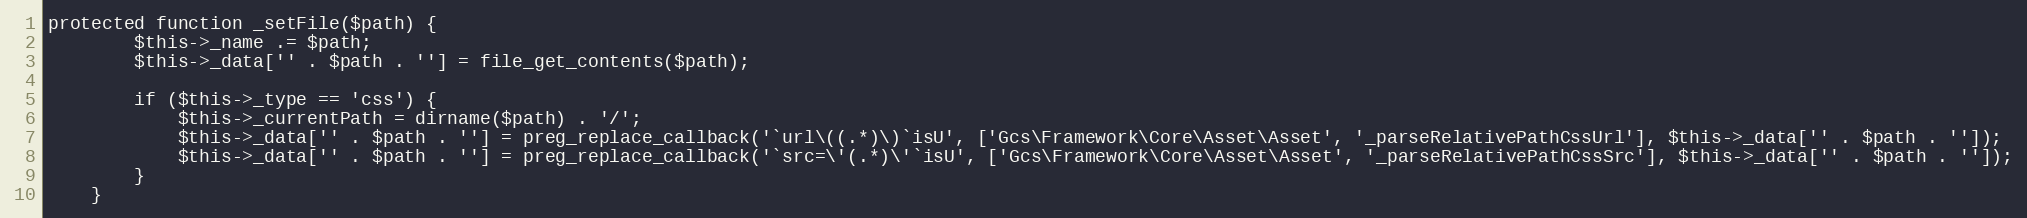
Language: PHP
protected function _setFile($path) {
        $this->_name .= $path;
        $this->_data['' . $path . ''] = file_get_contents($path);

        if ($this->_type == 'css') {
            $this->_currentPath = dirname($path) . '/';
            $this->_data['' . $path . ''] = preg_replace_callback('`url\((.*)\)`isU', ['Gcs\Framework\Core\Asset\Asset', '_parseRelativePathCssUrl'], $this->_data['' . $path . '']);
            $this->_data['' . $path . ''] = preg_replace_callback('`src=\'(.*)\'`isU', ['Gcs\Framework\Core\Asset\Asset', '_parseRelativePathCssSrc'], $this->_data['' . $path . '']);
        }
    }